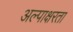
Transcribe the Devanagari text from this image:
अल्पाक्षरता